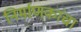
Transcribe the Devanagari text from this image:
निर्माणकांचा